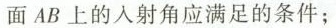
面AB上的入射角应满足的条件；